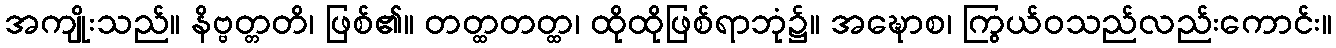
အကျိုးသည်။ နိဗ္ဗတ္တတိ၊ ဖြစ်၏။ တတ္ထတတ္ထ၊ ထိုထိုဖြစ်ရာဘုံ၌။ အဍ္ဎောစ၊ ကြွယ်ဝသည်လည်းကောင်း။